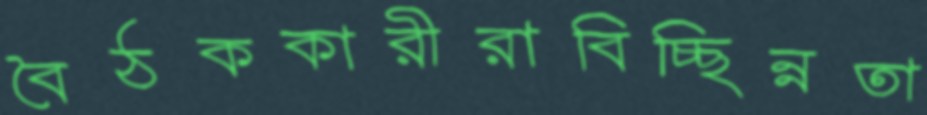
বৈঠককারীরাবিচ্ছিন্নতা